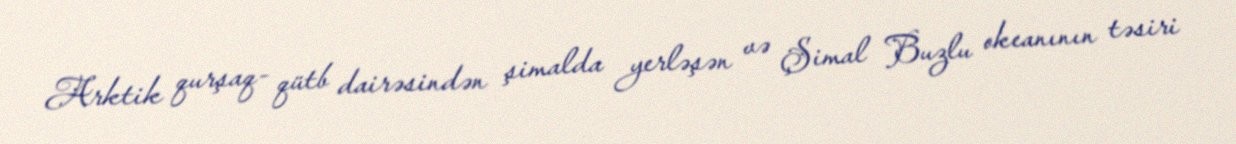
Arktik qurşaq- qütb dairəsindən şimalda yerləşən və Şimal Buzlu okeanının təsiri